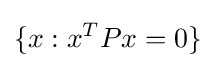
\{x:x^{T}Px=0\}